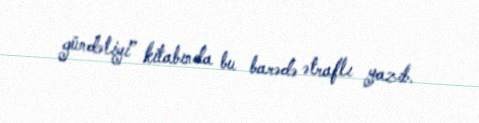
gündəliyi” kitabında bu barədə ətraflı yazıb.